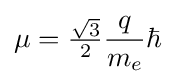
\mu ={\tfrac {\sqrt {3}}{2}}{\frac {q}{m_{e}}}\hbar